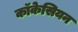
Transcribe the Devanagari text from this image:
कॉकेसियन